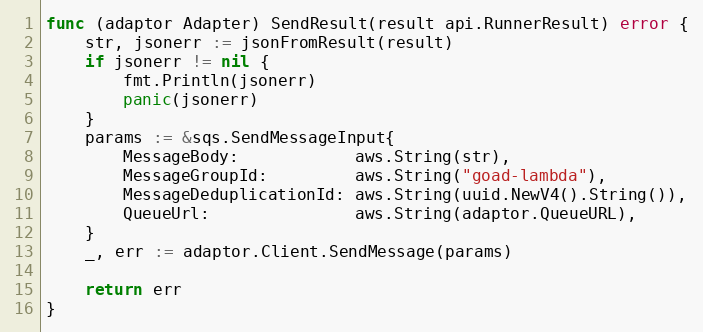
Language: Go
func (adaptor Adapter) SendResult(result api.RunnerResult) error {
	str, jsonerr := jsonFromResult(result)
	if jsonerr != nil {
		fmt.Println(jsonerr)
		panic(jsonerr)
	}
	params := &sqs.SendMessageInput{
		MessageBody:            aws.String(str),
		MessageGroupId:         aws.String("goad-lambda"),
		MessageDeduplicationId: aws.String(uuid.NewV4().String()),
		QueueUrl:               aws.String(adaptor.QueueURL),
	}
	_, err := adaptor.Client.SendMessage(params)

	return err
}